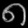
Digit: ၈